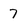
Character: 7